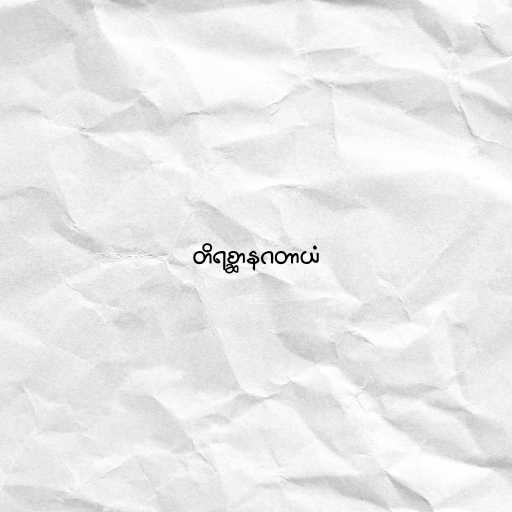
တိရစ္ဆာနဂတာယံ